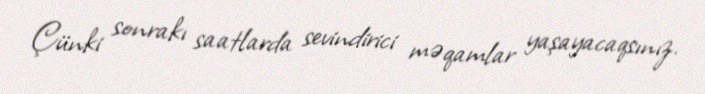
Çünki sonrakı saatlarda sevindirici məqamlar yaşayacaqsınız.